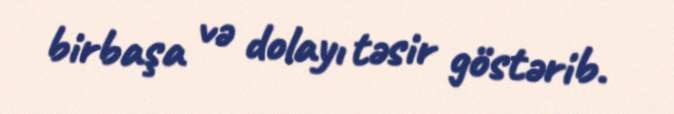
birbaşa və dolayı təsir göstərib.